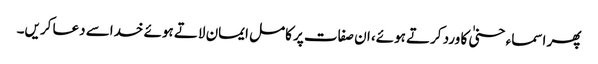
پھر اسماء حسنیٰ کا ورد کرتے ہوئے، ان صفات پر کامل ایمان لاتے ہوئے خداسے دعا کریں۔